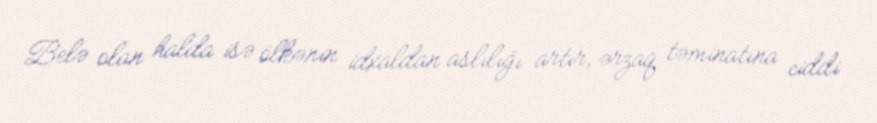
Belə olan halda isə ölkənin idxaldan aslılığı artır, ərzaq təminatına ciddi